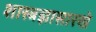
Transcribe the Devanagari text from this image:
शास्त्रज्ञासारखे